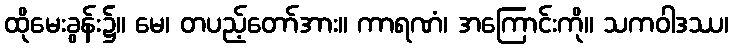
ထိုမေးခွန်း၌။ မေ၊ တပည့်တော်အား။ ကာရဏံ၊ အကြောင်းကို။ သကဝါဒဿ၊